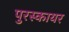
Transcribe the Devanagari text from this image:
पुरस्कायर